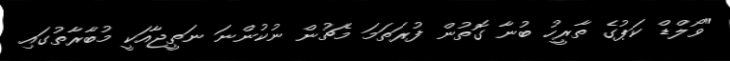
"ވޯލްޑް ކަޕުގެ ތާރީހު ބުނާ ގޮތުން ފުރަތަމަ މެޗުން ނުކުންނަ ނަތީޖާއަކީ މުބާރާތުގައި